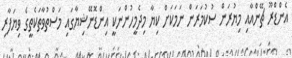
އެންޑްރޫ ޗޭންއާއި މިޔުރަން ސުކުމަރަން ނަމަކަށް ކިޔާ މިދެމީހުންނަކީ އިންޑޮނޭޝިޔާގައި މަސްތުވާތަކެތީގެ ވިޔަފާރި